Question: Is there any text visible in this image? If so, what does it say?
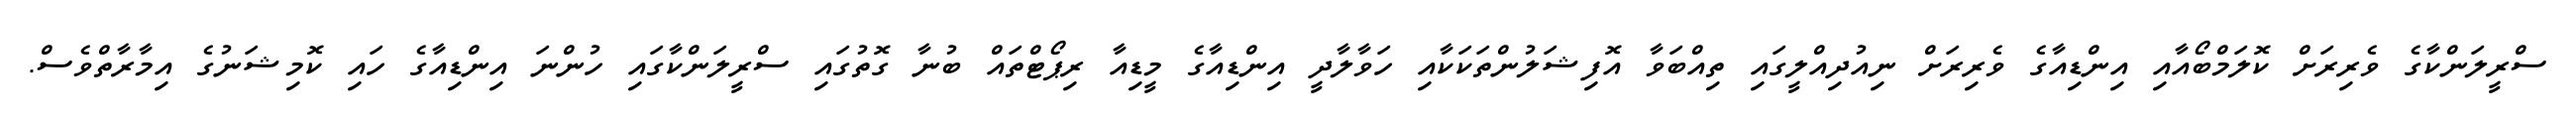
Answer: ސްރީލަންކާގެ ވެރިރަށް ކޮލަމްބޯއާއި އިންޑިއާގެ ވެރިރަށް ނިއުދިއްލީގައި ތިއްބަވާ އޮފިޝަލުންތަކަކާއި ހަވާލާދީ އިންޑިއާގެ މީޑިއާ ރިޕޯޓްތައް ބުނާ ގޮތުގައި ސްރީލަންކާގައި ހުންނަ އިންޑިއާގެ ހައި ކޮމިޝަނުގެ އިމާރާތްވެސް.